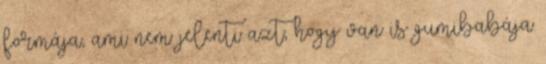
formája, ami nem jelenti azt, hogy van is gumibabája